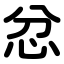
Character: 忿